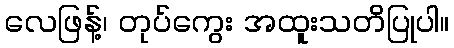
လေဖြန့်၊ တုပ်ကွေး အထူးသတိပြုပါ။